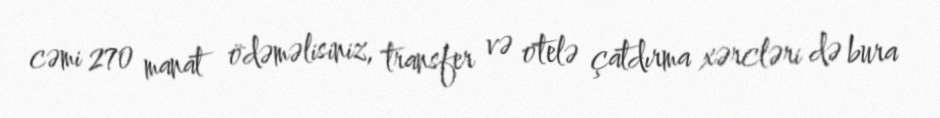
cəmi 270 manat ödəməlisiniz, transfer və otelə çatdırma xərcləri də bura